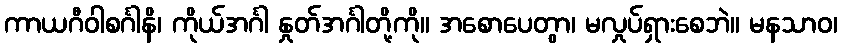
ကာယဂီဝါစင်္ဂါနိ၊ ကိုယ်အင်္ဂါ နှုတ်အင်္ဂါတို့ကို။ အစောပေတွာ၊ မလှုပ်ရှားစေဘဲ။ မနသာဝ၊